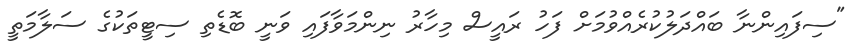
"ސިފައިންނާ ބައްދަލުކުރެއްވުމަށް ފަހު ރައީސް މިހާރު ނިންމަވާފައި ވަނީ ބޮޑެތި ސިޓީތަކުގެ ސަލާމަތީ